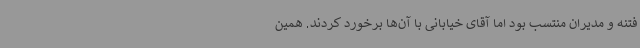
فتنه و مدیران منتسب بود اما آقای خیابانی با آن‌ها برخورد کردند. همین